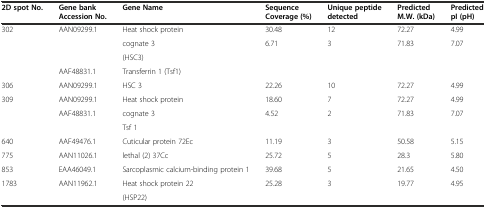
<table><thead><tr><td><b>2D spot No.</b></td><td><b>Gene bank Accession No.</b></td><td><b>Gene Name</b></td><td><b>Sequence Coverage (%)</b></td><td><b>Unique peptide detected</b></td><td><b>Predicted M.W. (kDa)</b></td><td><b>Predicted pI (pH)</b></td></tr></thead><tbody><tr><td rowspan="4">302</td><td>AAN09299.1</td><td>Heat shock protein</td><td>30.48</td><td>12</td><td>72.27</td><td>4.99</td></tr><tr><td></td><td>cognate 3</td><td>6.71</td><td>3</td><td>71.83</td><td>7.07</td></tr><tr><td></td><td>(HSC3)</td><td></td><td></td><td></td><td></td></tr><tr><td>AAF48831.1</td><td>Transferrin 1 (Tsf1)</td><td></td><td></td><td></td><td></td></tr><tr><td>306</td><td>AAN09299.1</td><td>HSC 3</td><td>22.26</td><td>10</td><td>72.27</td><td>4.99</td></tr><tr><td rowspan="3">309</td><td>AAN09299.1</td><td>Heat shock protein</td><td>18.60</td><td>7</td><td>72.27</td><td>4.99</td></tr><tr><td>AAF48831.1</td><td>cognate 3</td><td>4.52</td><td>2</td><td>71.83</td><td>7.07</td></tr><tr><td></td><td>Tsf 1</td><td></td><td></td><td></td><td></td></tr><tr><td>640</td><td>AAF49476.1</td><td>Cuticular protein 72Ec</td><td>11.19</td><td>3</td><td>50.58</td><td>5.15</td></tr><tr><td>775</td><td>AAN11026.1</td><td>lethal (2) 37Cc</td><td>25.72</td><td>5</td><td>28.3</td><td>5.80</td></tr><tr><td>853</td><td>EAA46049.1</td><td>Sarcoplasmic calcium-binding protein 1</td><td>39.68</td><td>5</td><td>21.65</td><td>4.50</td></tr><tr><td rowspan="2">1783</td><td rowspan="2">AAN11962.1</td><td>Heat shock protein 22</td><td rowspan="2">25.28</td><td rowspan="2">3</td><td rowspan="2">19.77</td><td rowspan="2">4.95</td></tr><tr><td>(HSP22)</td></tr></tbody></table>